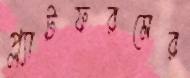
প্ল্যাটফরমের